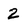
Character: 2